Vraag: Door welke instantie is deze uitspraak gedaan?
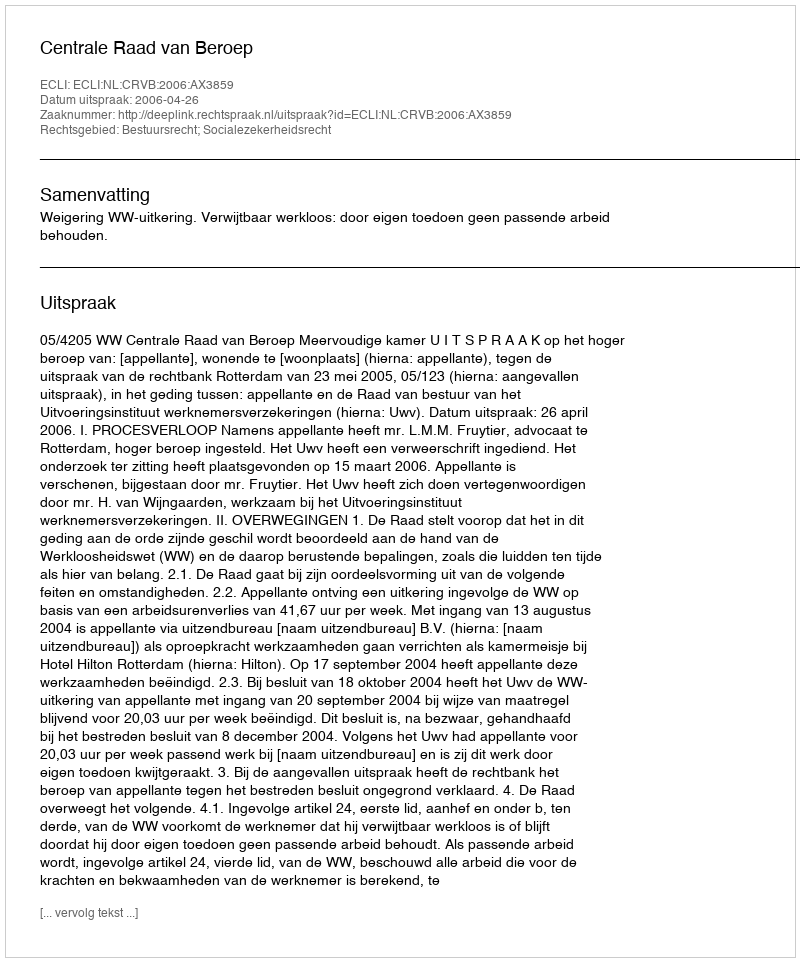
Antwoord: Centrale Raad van Beroep